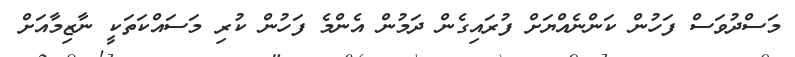
މަސްދުވަސް ފަހުން ކަންނެއްޔަށް ފުރައިގެން ދަމުން އެންމެ ފަހުން ކުރި މަސައްކަތަކީ ނާޒިމާއަށް